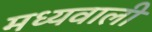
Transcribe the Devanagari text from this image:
मध्यवाली